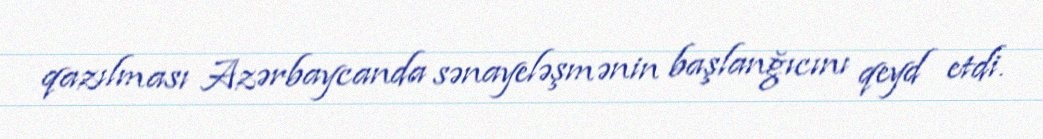
qazılması Azərbaycanda sənayeləşmənin başlanğıcını qeyd etdi.